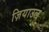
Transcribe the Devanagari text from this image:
ज़ियाउल